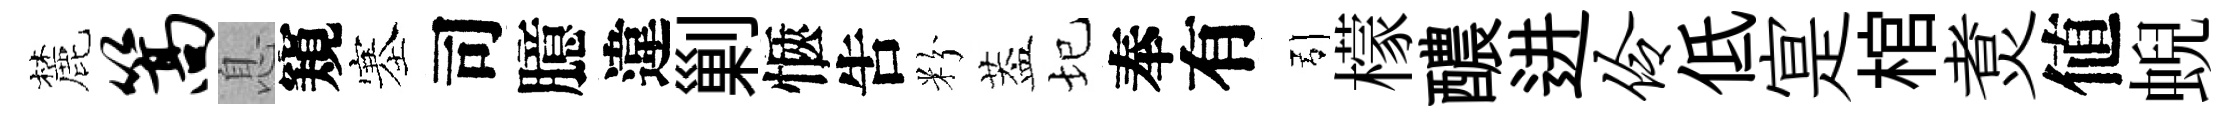
麓篙息窺塞司臆違剿愜吿粉葢圮奉有引檬醲进伶低寔棺煑値蜺